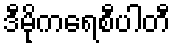
ဒီမိုကရေစီပါတီ